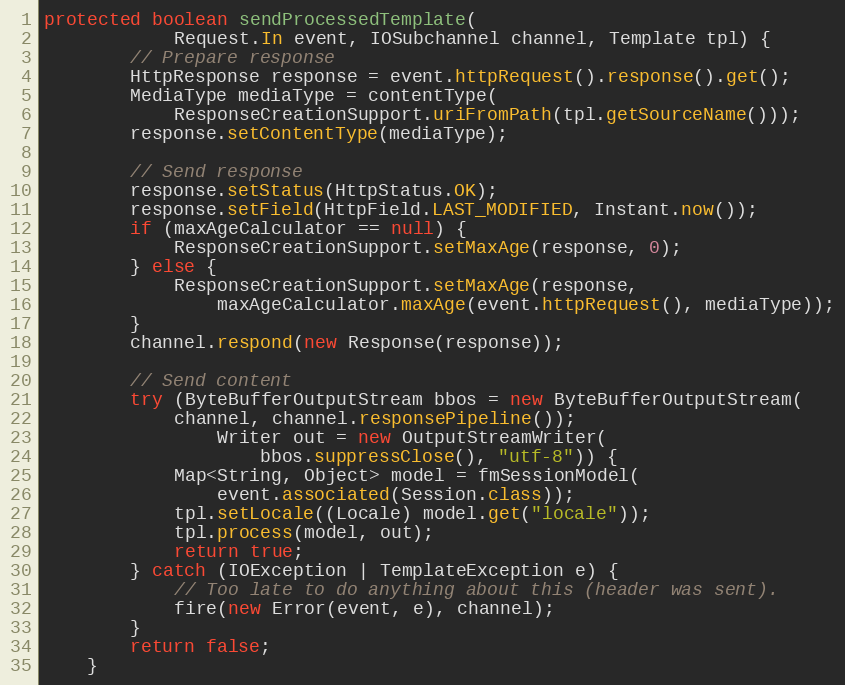
Language: Java
protected boolean sendProcessedTemplate(
            Request.In event, IOSubchannel channel, Template tpl) {
        // Prepare response
        HttpResponse response = event.httpRequest().response().get();
        MediaType mediaType = contentType(
            ResponseCreationSupport.uriFromPath(tpl.getSourceName()));
        response.setContentType(mediaType);

        // Send response
        response.setStatus(HttpStatus.OK);
        response.setField(HttpField.LAST_MODIFIED, Instant.now());
        if (maxAgeCalculator == null) {
            ResponseCreationSupport.setMaxAge(response, 0);
        } else {
            ResponseCreationSupport.setMaxAge(response,
                maxAgeCalculator.maxAge(event.httpRequest(), mediaType));
        }
        channel.respond(new Response(response));

        // Send content
        try (ByteBufferOutputStream bbos = new ByteBufferOutputStream(
            channel, channel.responsePipeline());
                Writer out = new OutputStreamWriter(
                    bbos.suppressClose(), "utf-8")) {
            Map<String, Object> model = fmSessionModel(
                event.associated(Session.class));
            tpl.setLocale((Locale) model.get("locale"));
            tpl.process(model, out);
            return true;
        } catch (IOException | TemplateException e) {
            // Too late to do anything about this (header was sent).
            fire(new Error(event, e), channel);
        }
        return false;
    }